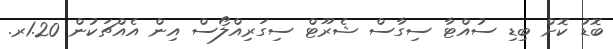
ބޮޑު ކޮށް ބިޑި ސުއްޓާ ސިގާސް ޝެރޫޓް ސިގަރިއްލޯސް އިން އެއްޗަކުން 1.20ރ.